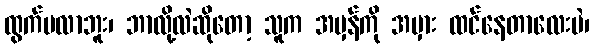
ထွက်မလာဘူး၊ ဘာလို့လဲဆိုတော့ သူက အမှန်ကို အမှား ထင်နေတာလေးပဲ၊